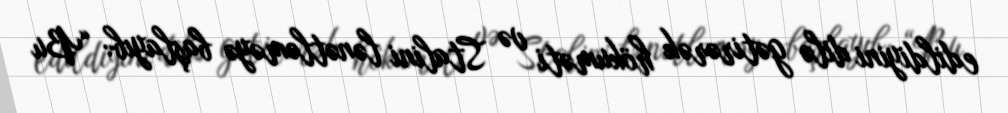
edildiyini dilə gətirərək hökuməti və Stalini lənətləməyə başlayıb: “Bu